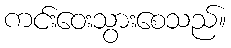
ကင်းဝေးသွားစေသည်။